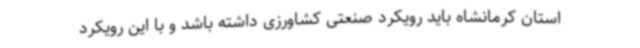
استان کرمانشاه باید رویکرد صنعتی کشاورزی داشته باشد و با این رویکرد